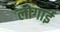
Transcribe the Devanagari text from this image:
लोगाई